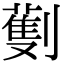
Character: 劐